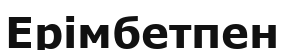
Ерімбетпен